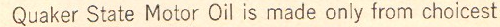
Quaker State Motor Oil is made only from choicest